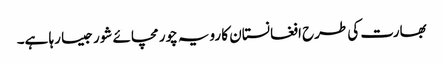
بھارت کی طرح افغانستان کا رویہ چور مچائے شور جیسا رہا ہے۔